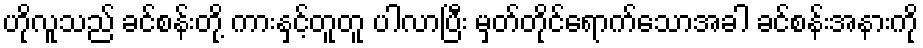
ဟိုလူသည် ခင်စန်းတို့ ကားနှင့်တူတူ ပါလာပြီး မှတ်တိုင်ရောက်သောအခါ ခင်စန်းအနားကို